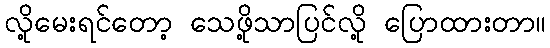
လို့မေးရင်တော့ သေဖို့သာပြင်လို့ ပြောထားတာ။